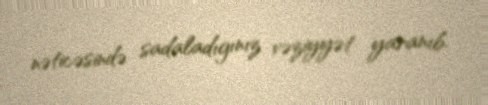
nəticəsində sadaladıgınız vəziyyət yaranıb.